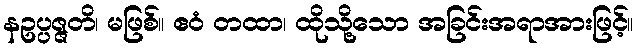
နဥပ္ပဇ္ဇတိ၊ မဖြစ်။ ဧဝံ တထာ၊ ထိုသို့သော အခြင်းအရာအားဖြင့်။